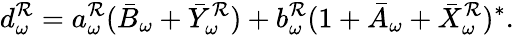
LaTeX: d_{\omega}^{\mathcal{R}}=a_{\omega}^{\mathcal{R}}(\bar{{B}}_{\omega}+\bar{{Y}}_{\omega}^{\mathcal{R}})+b_{\omega}^{\mathcal{R}}(1+\bar{{A}}_{\omega}+\bar{{X}}_{\omega}^{\mathcal{R}})^{\ast}.